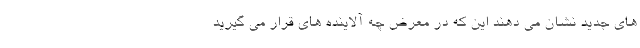
های جدید نشان می دهند این که در معرض چه آلاینده های قرار می گیرید